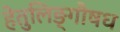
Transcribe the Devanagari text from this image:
हेतुलिङ्गौषध